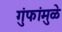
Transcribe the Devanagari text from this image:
गुंफांमुळे